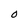
Character: O